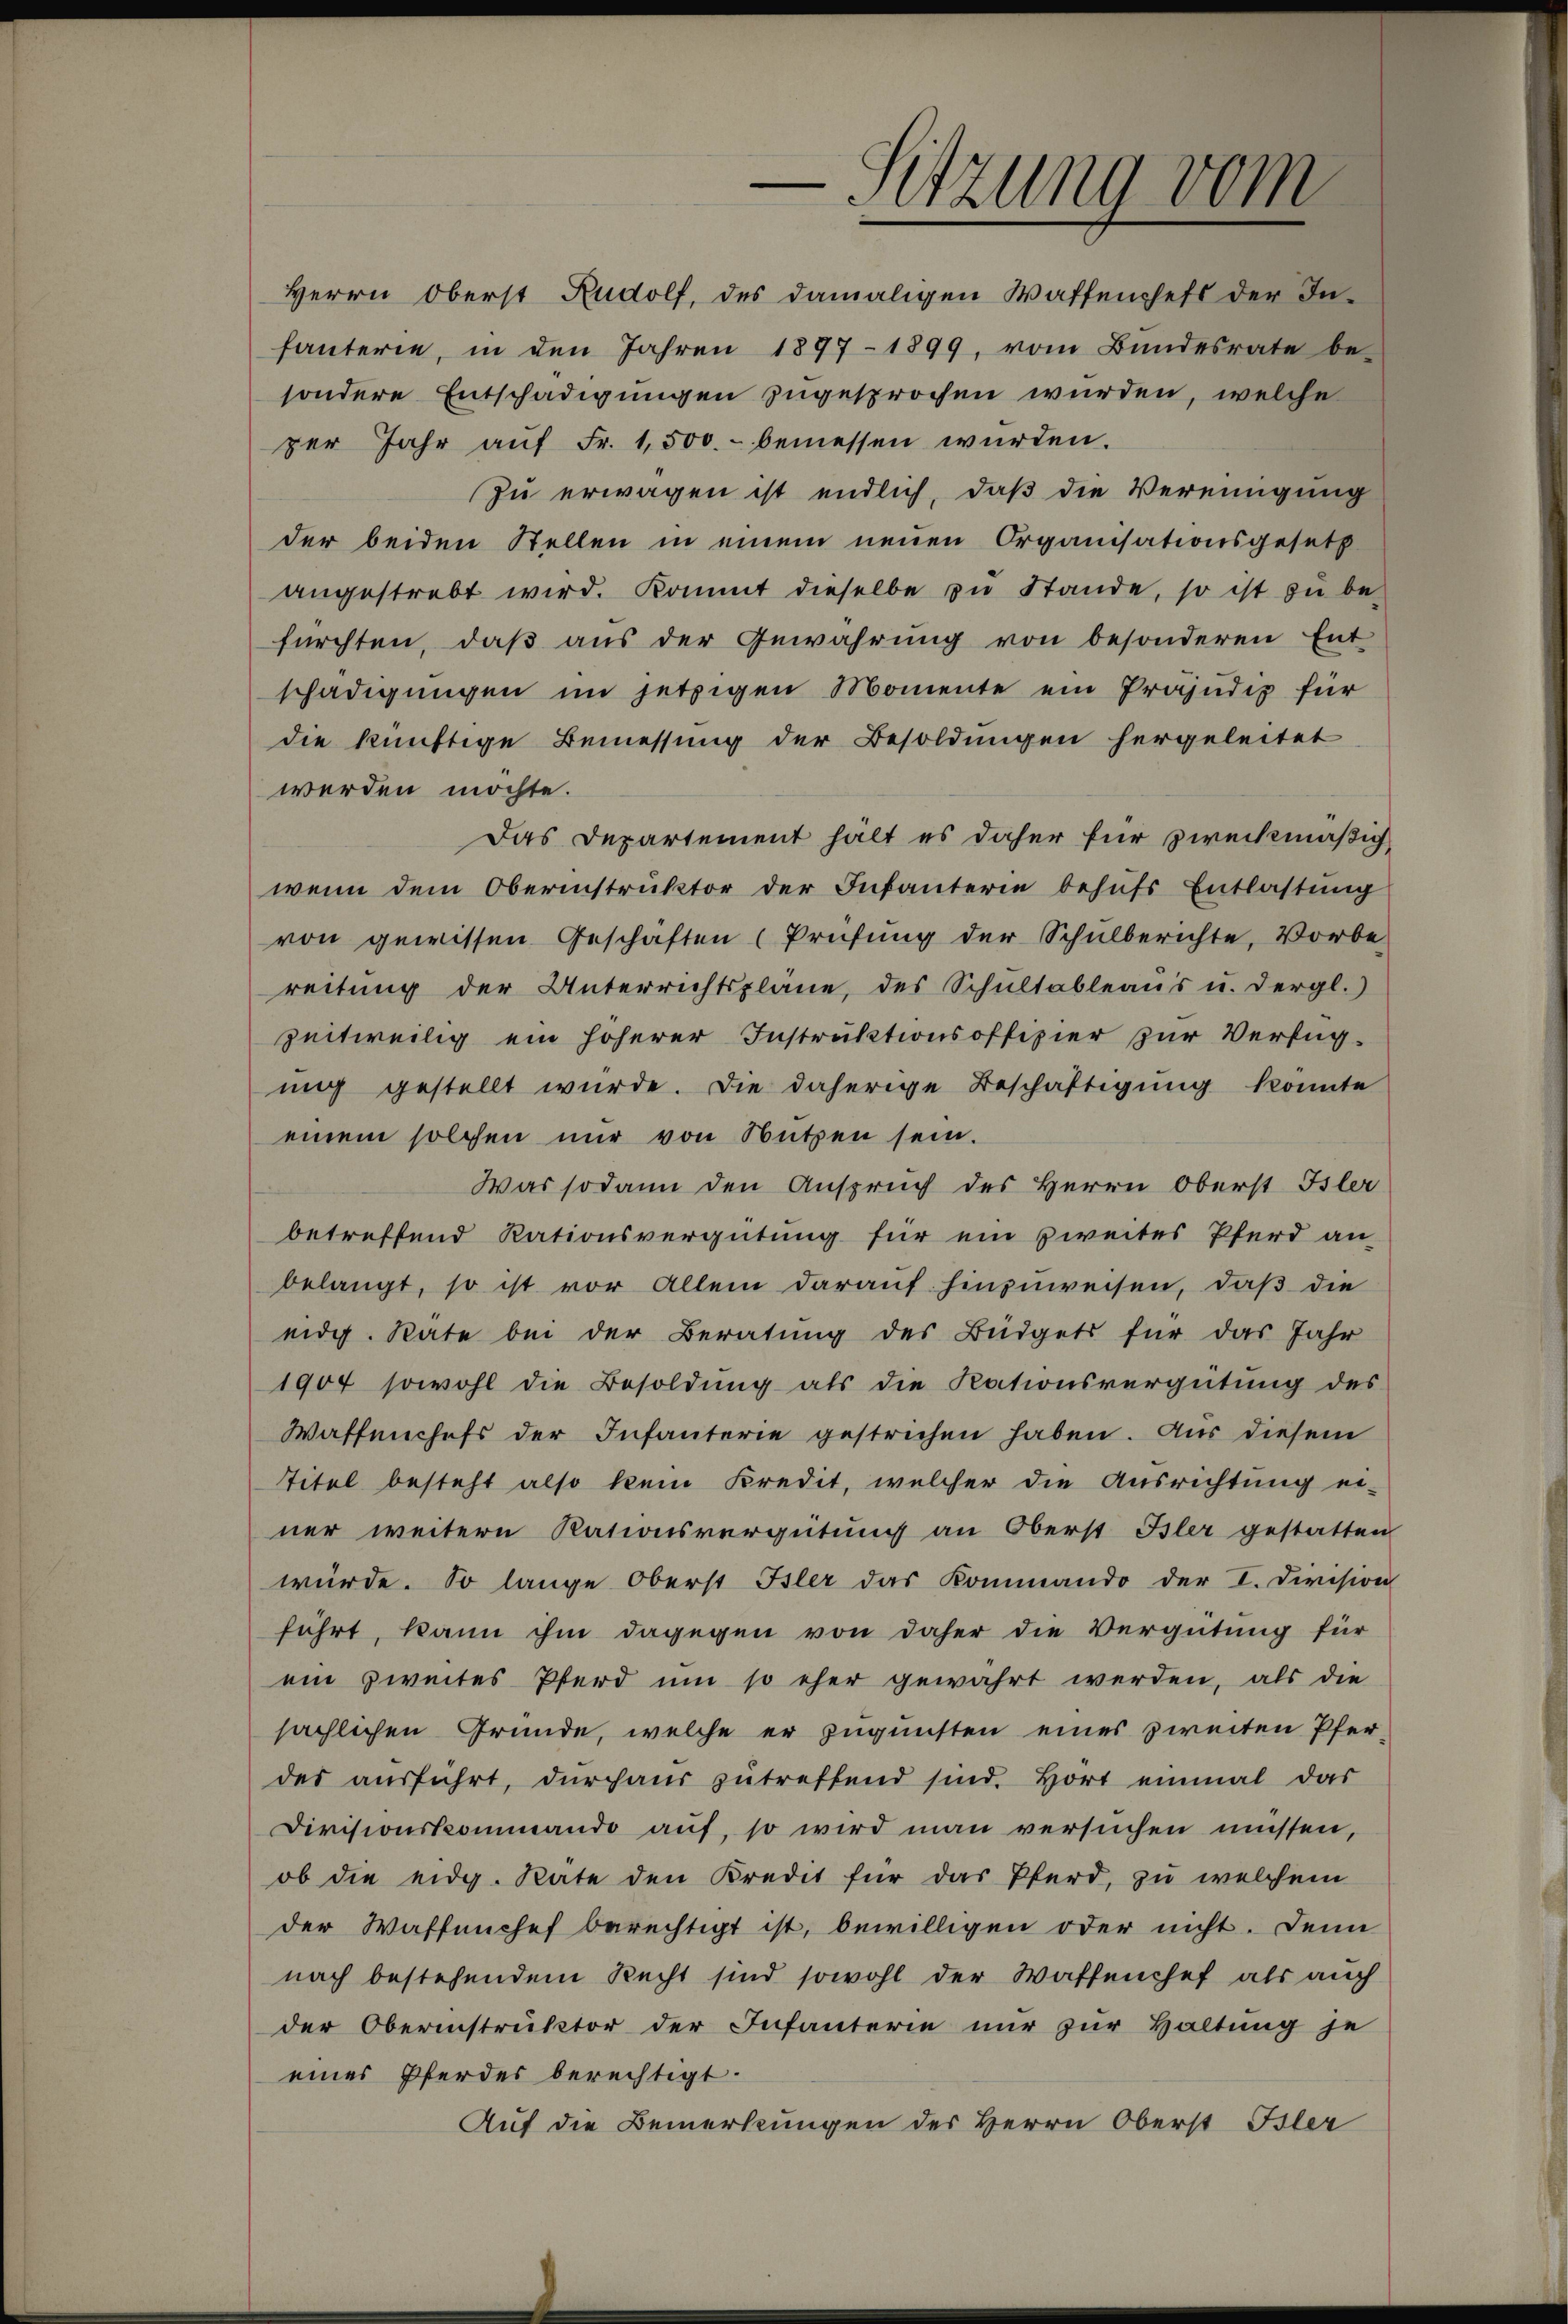
-Sitzung vom

per Jahr aŭf Fr. 1,500.- bemessen würden.
zu erwagen ist endlich, daß die Vereinigung
der beiden Stellen in einem neuen Organisationsgesetz
angestrebt wird. Kommt dieselbe zu Stande, so ist zu be-
fürchten, daß aus der Gewahrung von besonderen Ent
schädigungen im jetzigen Momente ein Präjudiz für
die künftige Bemessung der Besoldungen hergeleitet
werden möchte.
Das Departement hält es daher für zweckmäßig,
wenn dem Oberinstruktor der Infanterie behufs Entlastung
von gewissen Geschäften (Prüfung der Schulberichte, Vorbe-
reitung der Unterrichtspläne, des Schultableaŭs u. dergl.)
zeitweilig ein höherer Instruktionsoffizier zur Verfüguig gestellt würde. Die daherige Beschäftigung könnte
einem solchen nur von Nutzen sein.
Was sodann den Anspruch des Herrn Oberst Isler
betreffend Rationsvergütung für ein zweites Pferd an-
belangt, so ist vor Allem darauf hinzuweisen, daß die
eidg. Rate bei der Beratŭng des Büdgets für das Jahr
1904 sowohl die Besoldung als die Rationsvergütung des
Waffenchefs der Infanterie gestrichen haben. Aus diesem
Titel besteht also kein Kredit, welcher die Ausrichtung ei-
ner weitern Rationsvergütung an Oberst Isler gestatten
würde. So lange Oberst Isler das Kommando der I. Division
führt, kann ihm dagegen von daher die Vergütung für
ein zweites Pferd um so eher gewahrt werden, als die
sächlichen Gründe, welche er zugunsten eines zweiten Pferdes ausführt, durchaus zutreffend sind. Hört einmal das
Divisionskommando auf, so wird man versuchen müssen,
ob die eidg. Rate den Kredit für das Pferd, zu welchem
der Waffenchef berechtigt ist, bewilligen oder nicht. Denn
nach bestehendem Recht sind sowohl der Waffenchef als auch
der Oberinstruktor der Infanterie nur zur Haltung je
eines Pferdes berechtigt.
Auf die Bemerkungen des Herrn Oberst Isler

Herrn Oberst Rudolf, des damaligen Waffenchefs der In-
fanterie, in den Jahren 1897-1899, vom Bundesrate be-
sondere Entschädigungen zugesprochen wurden, welche